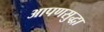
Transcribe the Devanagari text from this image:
आपणसुद्धा